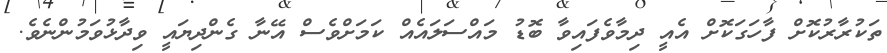
ތަކުރާރުކޮށް ފާހަގަކޮށް އެއީ ދިމާވެފައިވާ ބޮޑު މައްސަލައެއް ކަމަށްވެސް އޭނާ ގެންދިޔައީ ވިދާޅުވަމުންނެވެ.